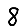
Digit: 8